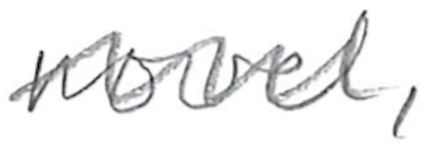
Text: novel,
Cross-out: wave
Writing tool: pencil